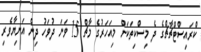
ކްރައިސްޓްޗާޗްގެ ދެ މިސްކިތަކަށް މިއަހަރުގެ މާޗް 15 ވަނަ ދުވަހު ދިން އަނިޔާވެރި